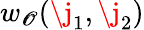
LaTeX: w_{\mathscr{O}}(\j_{1},\j_{2})